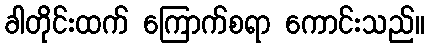
ခါတိုင်းထက် ကြောက်စရာ ကောင်းသည်။